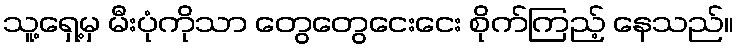
သူ့ရှေ့မှ မီးပုံကိုသာ တွေတွေငေးငေး စိုက်ကြည့် နေသည်။